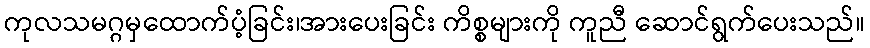
ကုလသမဂ္ဂမှထောက်ပံ့ခြင်း၊အားပေးခြင်း ကိစ္စများကို ကူညီ ဆောင်ရွက်ပေးသည်။